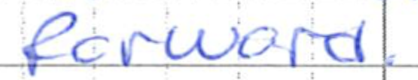
Text: forward.
Cross-out: clean
Writing tool: ballpoint